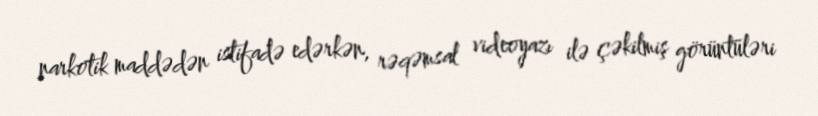
narkotik maddədən istifadə edərkən, rəqəmsal videoyazı ilə çəkilmiş görüntüləri